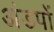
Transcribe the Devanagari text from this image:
अंडपों